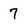
Character: 7